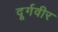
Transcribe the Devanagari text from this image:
दूर्गवीर